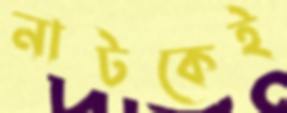
নাটকেই